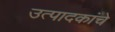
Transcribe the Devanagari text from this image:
उत्पादकांचे